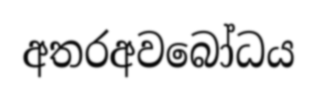
අතරඅවබෝධය